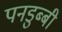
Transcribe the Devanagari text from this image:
पनडुब्‍बी